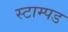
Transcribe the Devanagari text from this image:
स्टाम्पड